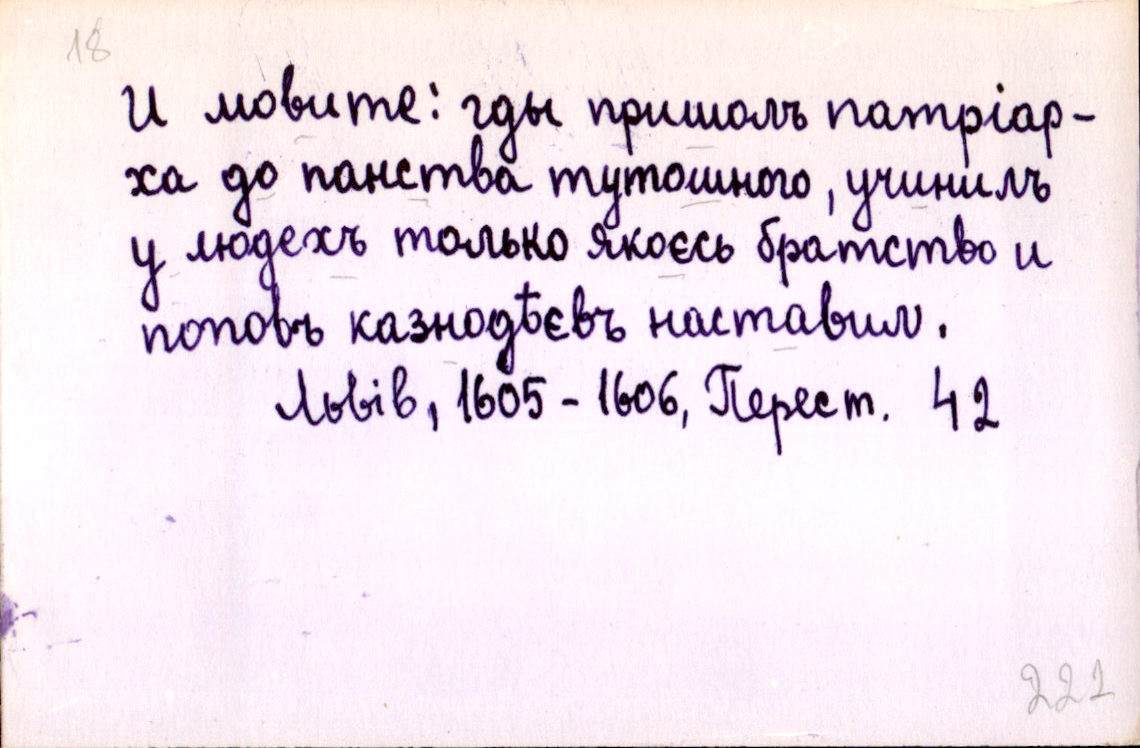
И мовите: гды пришолъ патріар-
ха до панства тутошного, учинилъ
у людехъ только якоєсь братство и
поповъ казнодѣєвъ наставил.
Львів, 1605-1606, Перест. 42